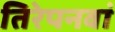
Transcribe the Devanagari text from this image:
तिरेपनवां